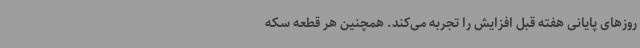
روزهای پایانی هفته قبل افزایش را تجربه می‌کند. همچنین هر قطعه سکه